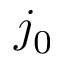
j _ { 0 }